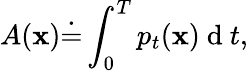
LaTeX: A(\mathbf{x})\dot{{=}}\int_{0}^{T}p_{t}(\mathbf{x})\mathrm{{~d~}}t,